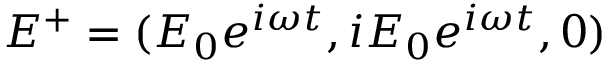
E ^ { + } = ( E _ { 0 } e ^ { i \omega t } , i E _ { 0 } e ^ { i \omega t } , 0 )